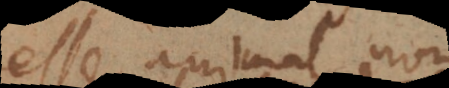
esse animal, non